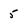
Character: 5